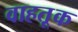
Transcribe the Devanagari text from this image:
वाहतू़क